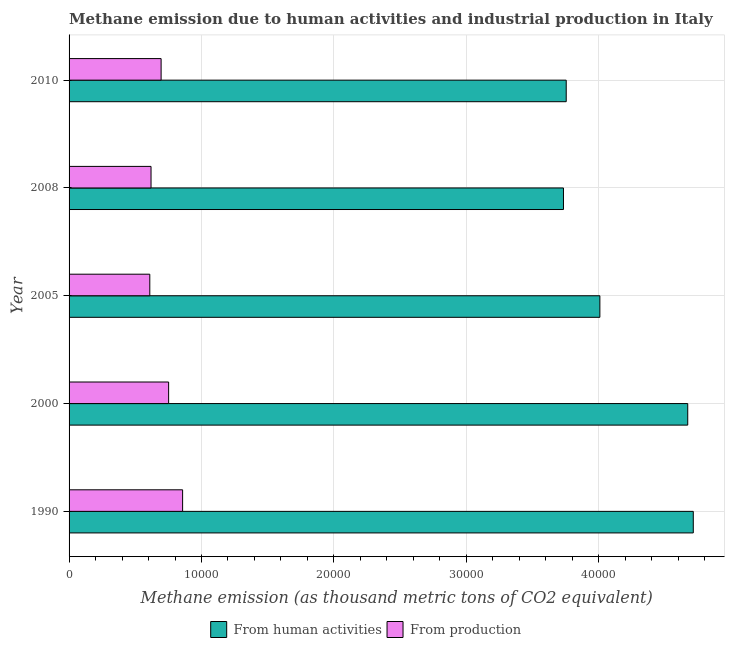
| Year | From human activities | From production |
 | --- | --- | --- |
 | 1990 | 4.71e+04 | 8.57e+03 |
 | 2000 | 4.67e+04 | 7.52e+03 |
 | 2005 | 4.01e+04 | 6.1e+03 |
 | 2008 | 3.73e+04 | 6.19e+03 |
 | 2010 | 3.75e+04 | 6.95e+03 |